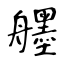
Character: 𦪷